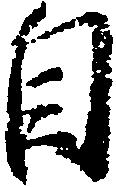
自